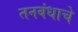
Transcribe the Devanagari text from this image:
तनबंधाचे